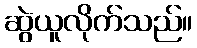
ဆွဲယူလိုက်သည်။